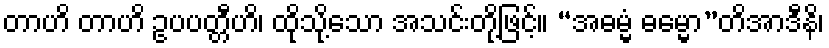
တာဟိ တာဟိ ဥပပတ္တီဟိ၊ ထိုသို့သော အသင်းတို့ဖြင့်။ “အဓမ္မံ ဓမ္မော”တိအာဒီနိ၊